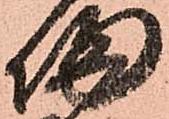
帰